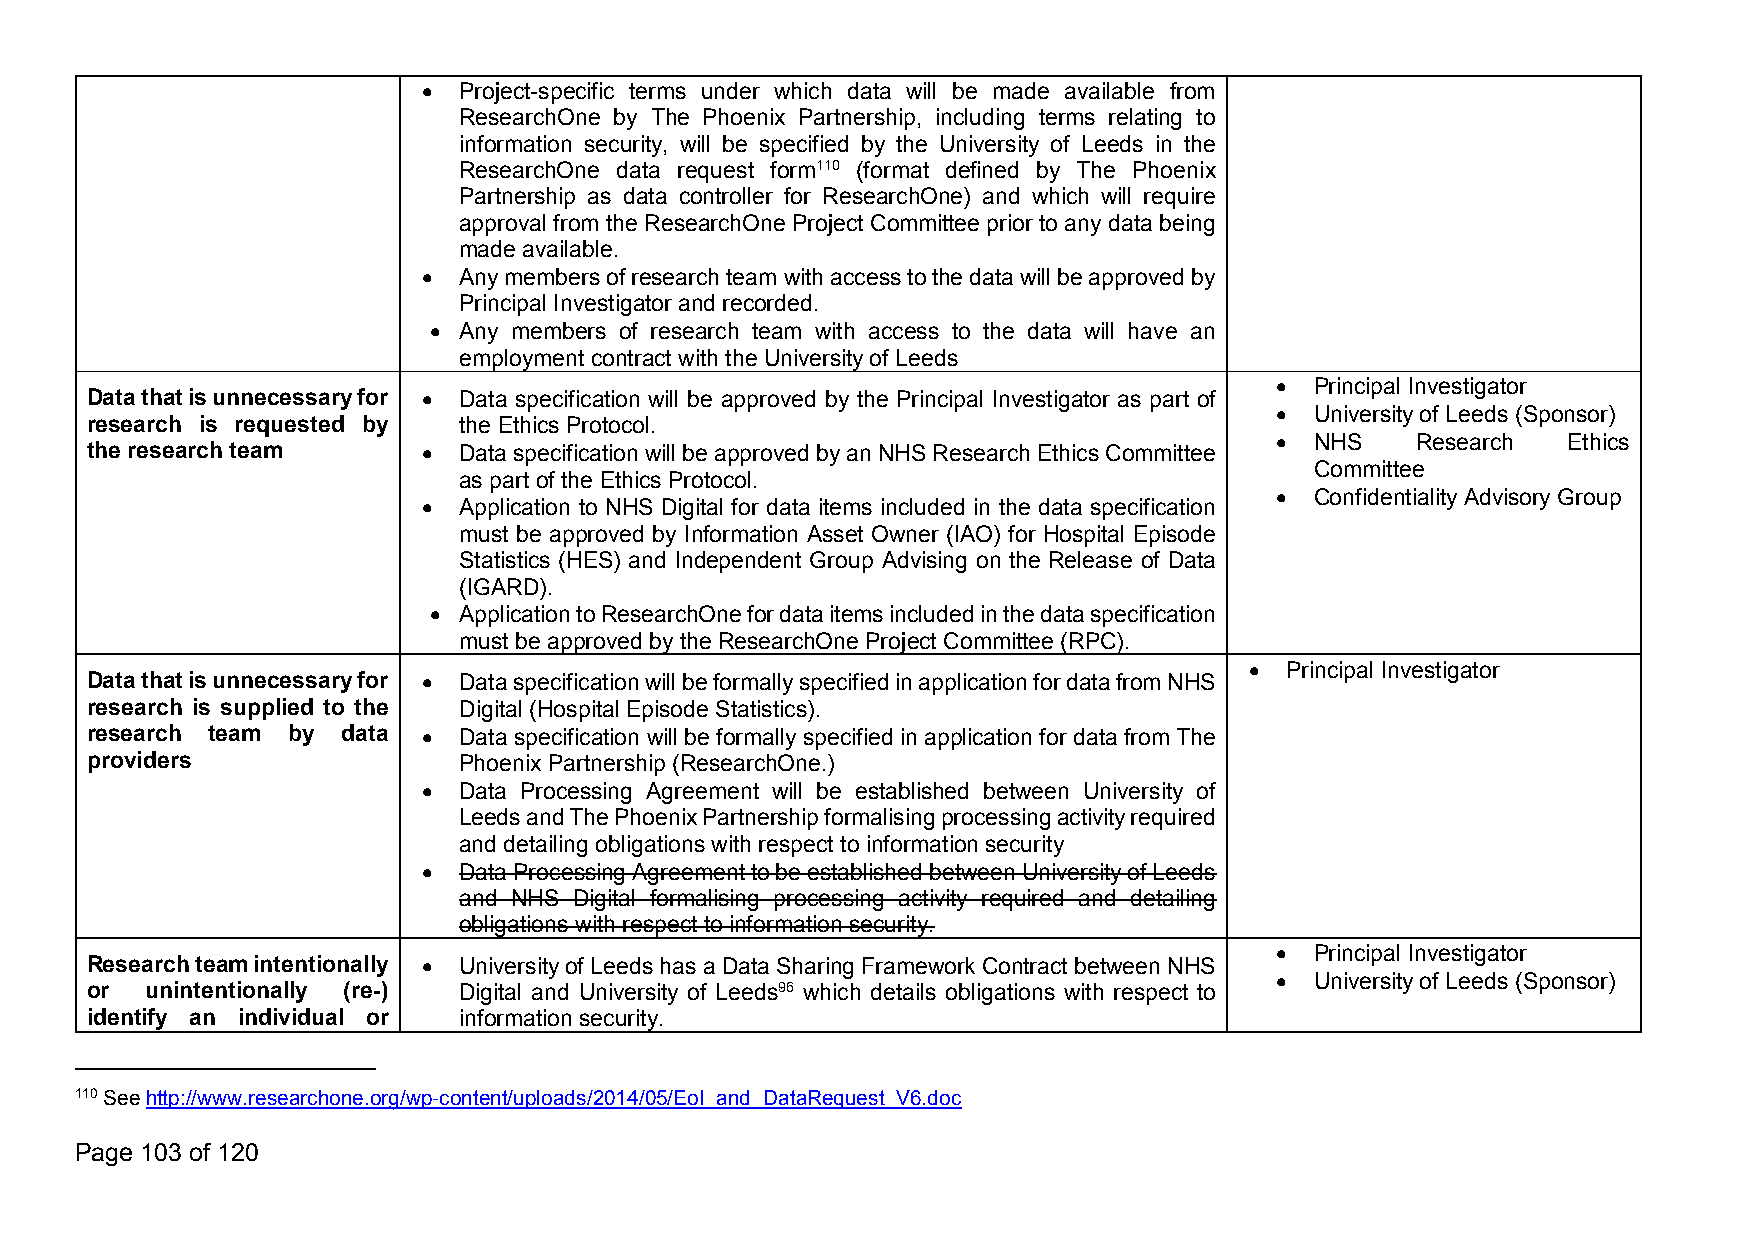
 Project-specific terms under which data will be made available from
 ResearchOne by The Phoenix Partnership, including terms relating to
 information security, will be specified by the University of Leeds in the
 ResearchOne data request form110 (format defined by The Phoenix
 Partnership as data controller for ResearchOne) and which will require
 approval from the ResearchOne Project Committee prior to anydata being
 made available.
  Anymembersofresearchteamwithaccesstothedatawillbeapprovedby
 Principal Investigator and recorded.
  Any members of research team with access to the data will have an
 employment contract with theUniversityof Leeds
   Principal Investigator
 Datathatisunnecessaryfor  Data specification will be approved by the Principal Investigator as part of
   Universityof Leeds(Sponsor)
 research is requested by the EthicsProtocol.
   NHS    Research  Ethics
 the researchteam       DataspecificationwillbeapprovedbyanNHSResearchEthicsCommittee
 Committee
 as part of the Ethics Protocol.
   ConfidentialityAdvisoryGroup
  Application to NHS Digital for data items included in the data specification
 must be approved by Information Asset Owner (IAO) for Hospital Episode
 Statistics (HES) and Independent Group Advising on the Release of Data
 (IGARD).
  ApplicationtoResearchOnefordataitemsincludedinthedataspecification
 must be approved bytheResearchOne Project Committee(RPC).
  Principal Investigator
 Datathatisunnecessaryfor  DataspecificationwillbeformallyspecifiedinapplicationfordatafromNHS
 research is supplied to the Digital (HospitalEpisode Statistics).
 research team by data  Data specification will be formallyspecified in applicationfor datafrom The
 providers               PhoenixPartnership (ResearchOne.)
  Data Processing Agreement will be established between University of
 LeedsandThePhoenixPartnershipformalisingprocessingactivityrequired
 and detailing obligationswith respect to information security
  DataProcessingAgreementtobeestablishedbetweenUniversityof Leeds
 and NHS Digital formalising processing activity required and detailing
 obligations with respect to informationsecurity.
   Principal Investigator
 Researchteamintentionally  Universityof LeedshasaDataSharing Framework Contract betweenNHS
   Universityof Leeds(Sponsor)
 or  unintentionally (re-) Digital and University of Leeds96 which details obligations with respect to
 identify an individual or information security.
 110Seehttp://www.researchone.org/wp-content/uploads/2014/05/EoI_and_DataRequest_V6.doc
 Page 103 of 120